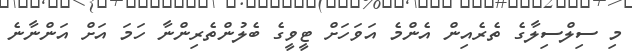
މި ސިލްސިލާގެ ތެރެއިން އެންމެ އަވަހަށް ޓީވީގެ ބެލުންތެރިންނާ ހަމަ އަށް އަންނާނެ